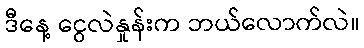
ဒီနေ့ ငွေလဲနှုန်းက ဘယ်လောက်လဲ။